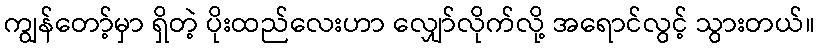
ကျွန်တော့်မှာ ရှိတဲ့ ပိုးထည်လေးဟာ လျှော်လိုက်လို့ အရောင်လွင့် သွားတယ်။